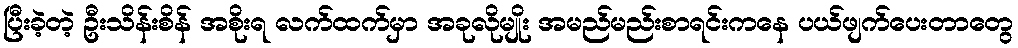
ပြီးခဲ့တဲ့ ဦးသိန်းစိန် အစိုးရ လက်ထက်မှာ အခုလိုမျိုး အမည်မည်းစာရင်းကနေ ပယ်ဖျက်ပေးတာတွေ